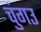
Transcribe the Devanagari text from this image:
चुंगउ